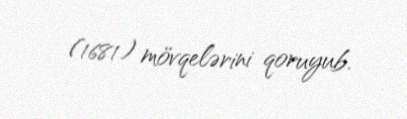
(1681) mövqelərini qoruyub.